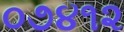
૦૭૪૧૨